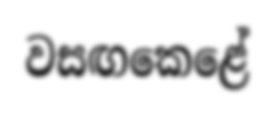
වසඟකෙළේ